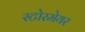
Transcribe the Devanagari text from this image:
स्टोरमेयर